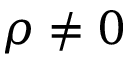
\rho \neq 0